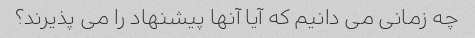
چه زمانی می دانیم که آیا آنها پیشنهاد را می پذیرند؟